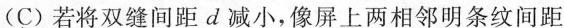
(C)若将双缝间距d减小，像屏上两相邻明条纹间距